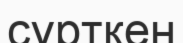
сүрткен